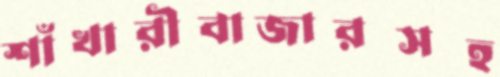
শাঁখারীবাজারসহ